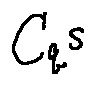
C _ { q } s